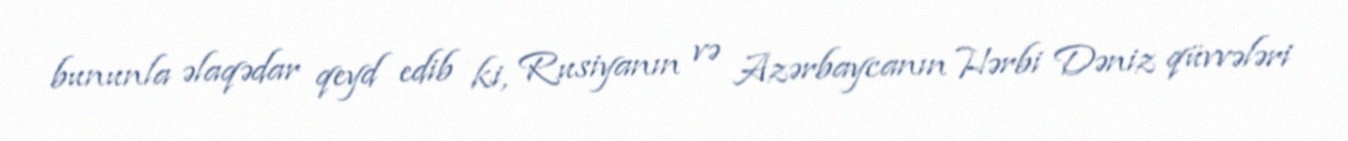
bununla əlaqədar qeyd edib ki, Rusiyanın və Azərbaycanın Hərbi Dəniz qüvvələri